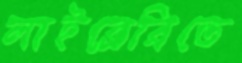
লাইব্রেরিতে